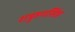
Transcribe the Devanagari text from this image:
शत्रुहनसिंह